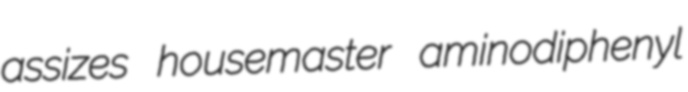
assizes housemaster aminodiphenyl